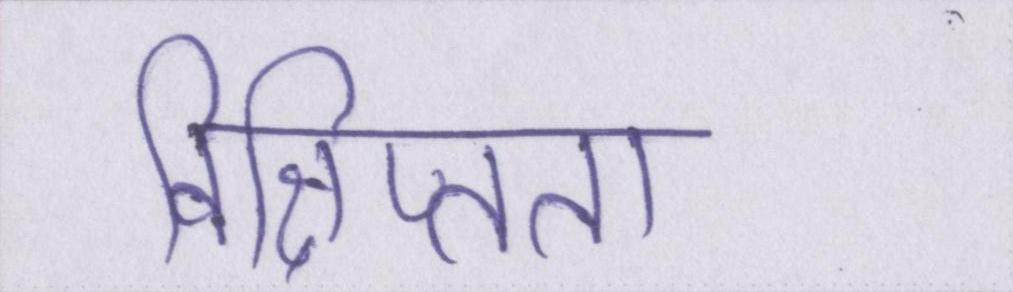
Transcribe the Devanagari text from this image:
विक्षिप्तता